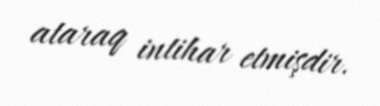
ataraq intihar etmişdir.